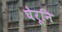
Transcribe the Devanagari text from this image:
घेरूनि